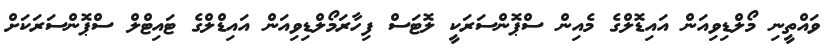
ވައްތީނި މޯލްޑިވިއަން އައިޑޮލްގެ މެއިން ސްޕޮންސަރަކީ ލޮޓަސް ފިހާރަމޯލްޑިވިއަން އައިޑްލްގެ ޓައިޓްލް ސްޕޮންސަރަކަށް